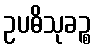
ဥပဓိသုခဉ္စ